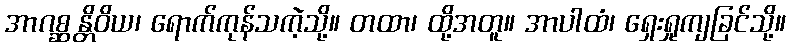
အာဂစ္ဆန္တိဝိယ၊ ရောက်ကုန်သကဲ့သို့။ တထာ၊ ထို့အတူ။ အာပါထံ၊ ရှေးရှုကျခြင်သို့။